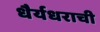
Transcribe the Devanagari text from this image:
धैर्यधराची